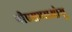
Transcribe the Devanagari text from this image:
पीएसएसओयू